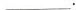
___$$.